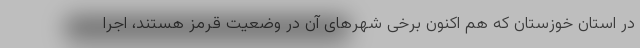
در استان خوزستان که هم اکنون برخی شهرهای آن در وضعیت قرمز هستند، اجرا